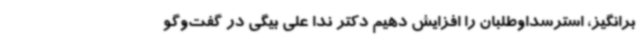
برانگیز، استرسداوطلبان را افزایش دهیم دکتر ندا علی بیگی در گفت‌وگو